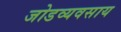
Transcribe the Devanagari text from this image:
जोडव्यवसाय